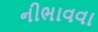
નીભાવવા